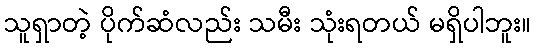
သူရှာတဲ့ ပိုက်ဆံလည်း သမီး သုံးရတယ် မရှိပါဘူး။